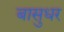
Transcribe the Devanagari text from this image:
बासुधर